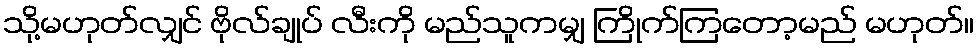
သို့မဟုတ်လျှင် ဗိုလ်ချုပ် လီးကို မည်သူကမျှ ကြိုက်ကြတော့မည် မဟုတ်။